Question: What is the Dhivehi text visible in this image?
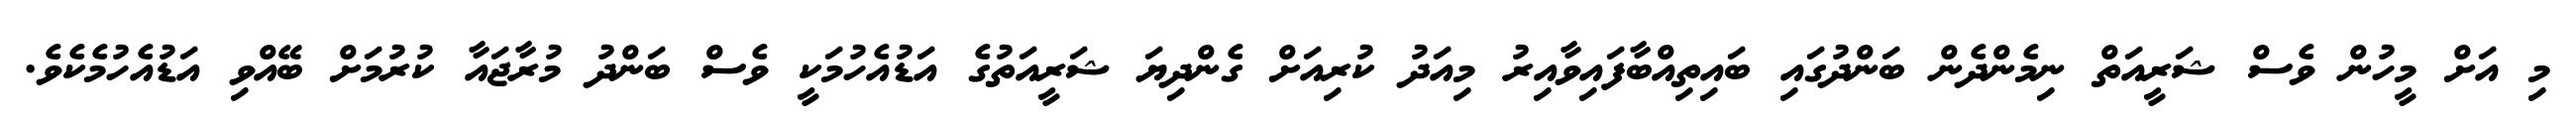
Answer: މި އަށް މީހުން ވެސް ޝަރީއަތް ނިމެންދެން ބަންދުގައި ބައިތިއްބާފައިވާއިރު މިއަދު ކުރިއަށް ގެންދިޔަ ޝަރީއަތުގެ އަޑުއެހުމަކީ ވެސް ބަންދު މުރާޖައާ ކުރުމަށް ބޭއްވި އަޑުއެހުމެކެވެ.